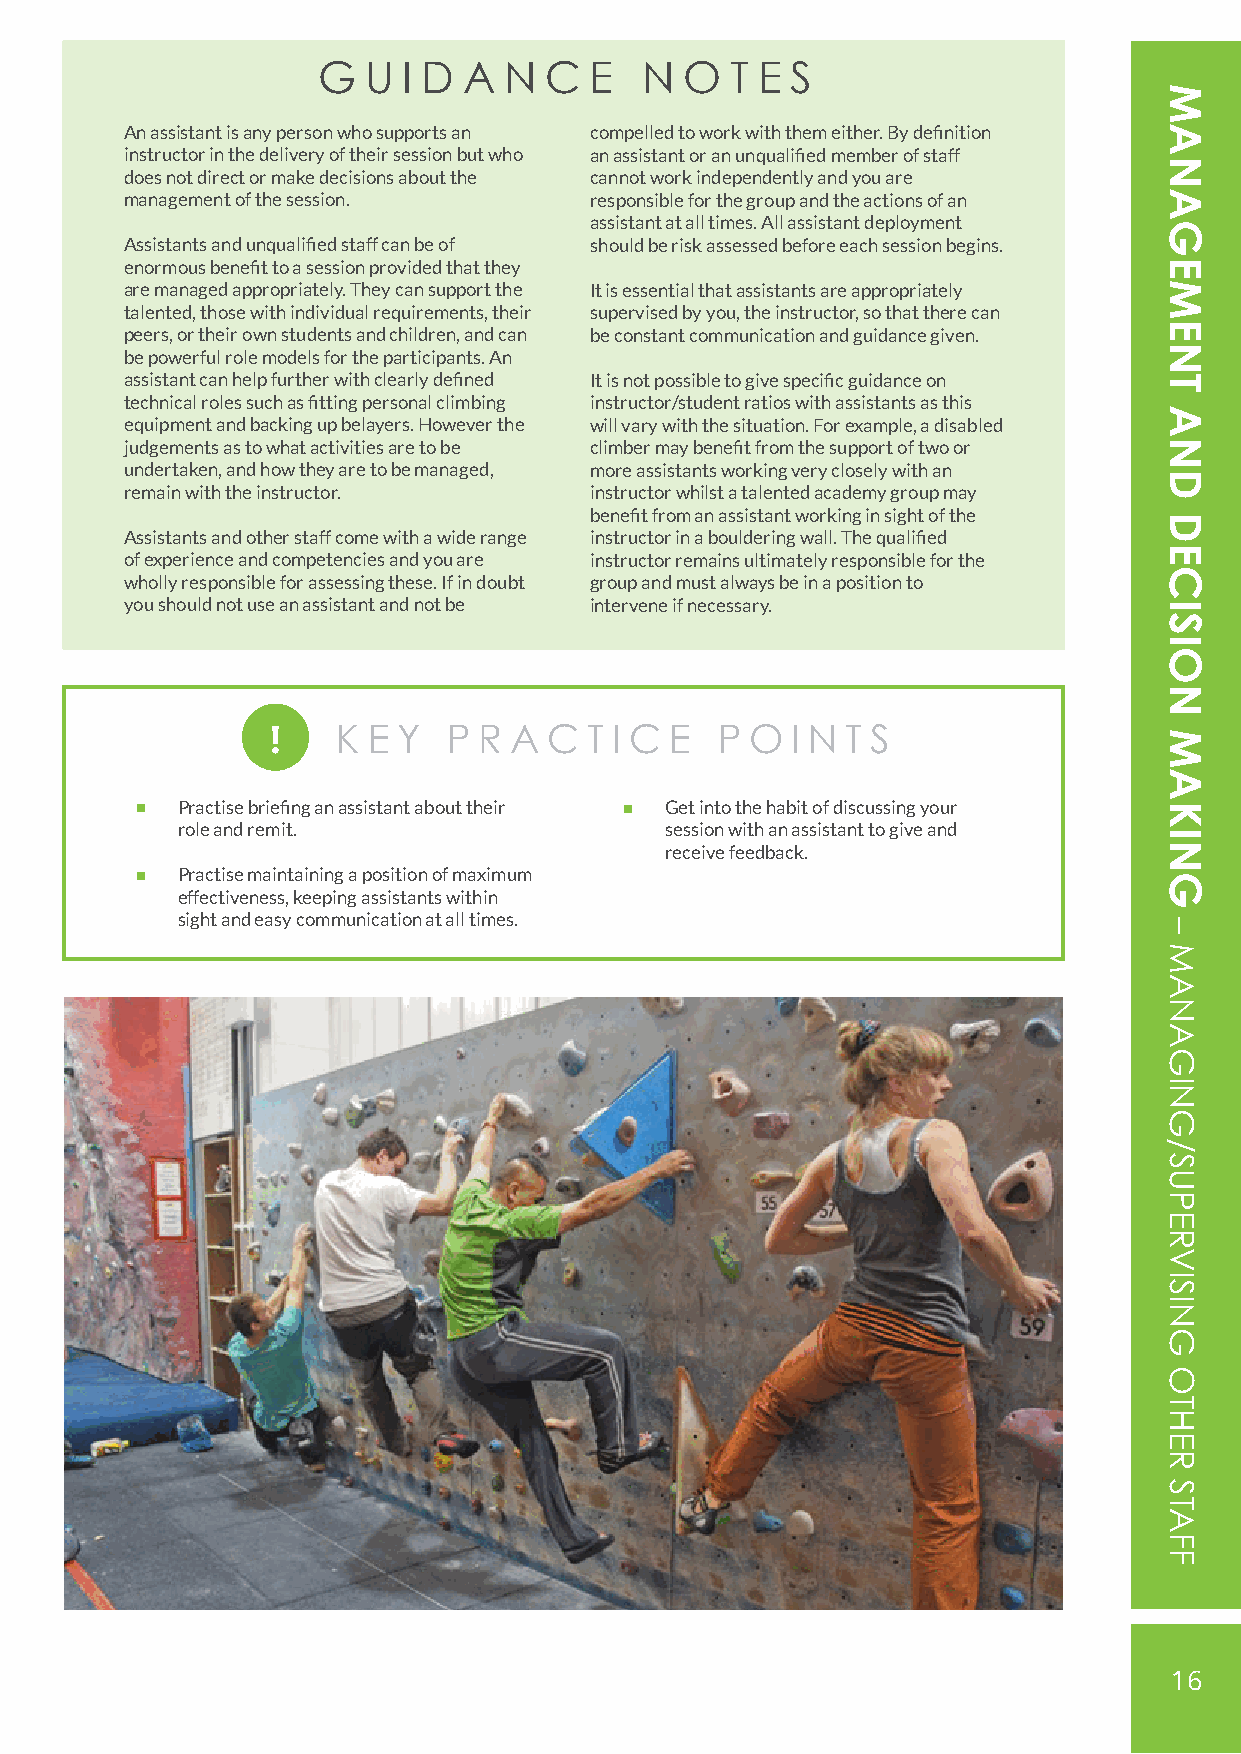
G  U  I D A N  C  E  N  O  T E S
 An assistant is any person who supports an compelled to work with them either. By definition
 instructor in the delivery of their session but who an assistant or an unqualified member of staff
 does not direct or make decisions about the cannot work independently and you are
 management of the session.     responsible for the group and the actions of an
 assistant at all times. All assistant deployment
 Assistants and unqualified staff can be of should be risk assessed before each session begins.
 enormous benefit to a session provided that they
 are managed appropriately. They can support the It is essential that assistants are appropriately
 talented, those with individual requirements, their supervised by you, the instructor, so that there can
 peers, or their own students and children, and can be constant communication and guidance given.
 be powerful role models for the participants. An
 assistant can help further with clearly defined It is not possible to give specific guidance on
 technical roles such as fitting personal climbing instructor/student ratios with assistants as this
 equipment and backing up belayers. However the will vary with the situation. For example, a disabled
 judgements as to what activities are to be climber may benefit from the support of two or
 undertaken, and how they are to be managed, more assistants working very closely with an
 remain with the instructor.    instructor whilst a talented academy group may
 benefit from an assistant working in sight of the
 Assistants and other staff come with a wide range instructor in a bouldering wall. The qualified
 of experience and competencies and you are instructor remains ultimately responsible for the
 wholly responsible for assessing these. If in doubt group and must always be in a position to
 you should not use an assistant and not be intervene if necessary.
 !   K E Y   P R A C  T I C E P  O I N T S
 Practise briefing an assistant about their Get into the habit of discussing your
 role and remit.                 session with an assistant to give and
 receive feedback.
 Practise maintaining a position of maximum
 effectiveness, keeping assistants within
 sight and easy communication at all times.
 16
 MANAGEMENT
 AND
 DECISION
 MAKING
 –
 MANAGING/SUPERVISING
 OTHER
 STAFF